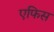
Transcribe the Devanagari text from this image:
एफिस